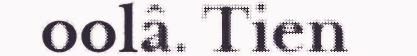
oolâ. Tien